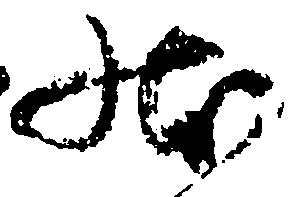
状